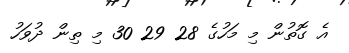
އެ ގޮތުން މި މަހުގެ 28 29 30 މި ތިން ދުވަހު